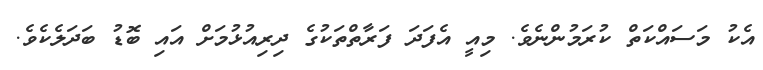
އެކު މަސައްކަތް ކުރަމުންނެވެ. މިއީ އެފަދަ ފަރާތްތަކުގެ ދިރިއުޅުމަށް އައި ބޮޑު ބަދަލެކެވެ.